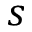
s